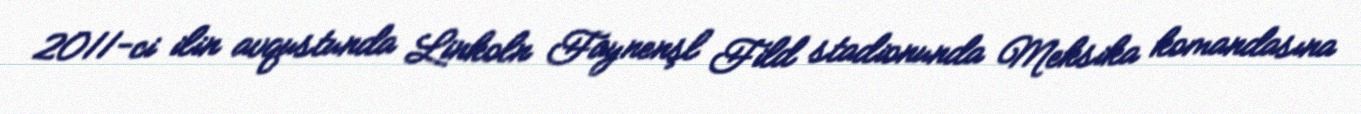
2011-ci ilin avqustunda Linkoln Faynenşl Fild stadionunda Meksika komandasına